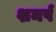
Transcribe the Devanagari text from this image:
शमर्प